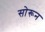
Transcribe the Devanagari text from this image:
सोरून